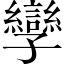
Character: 孿